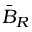
\bar { B } _ { { R } }